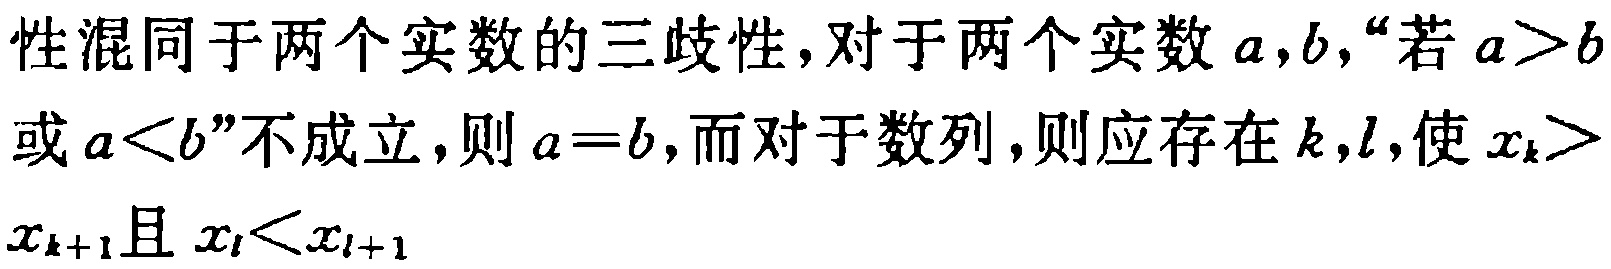
性混同于两个实数的三歧性,对于两个实数\(a,b\)，“若\(a > b\)或\(a < b\)”不成立，则\(a = b\)，而对于数列，则应存在\(k,l\)，使\(x_{k}>x_{k + 1}\)且\(x_{l}<x_{l + 1}\)